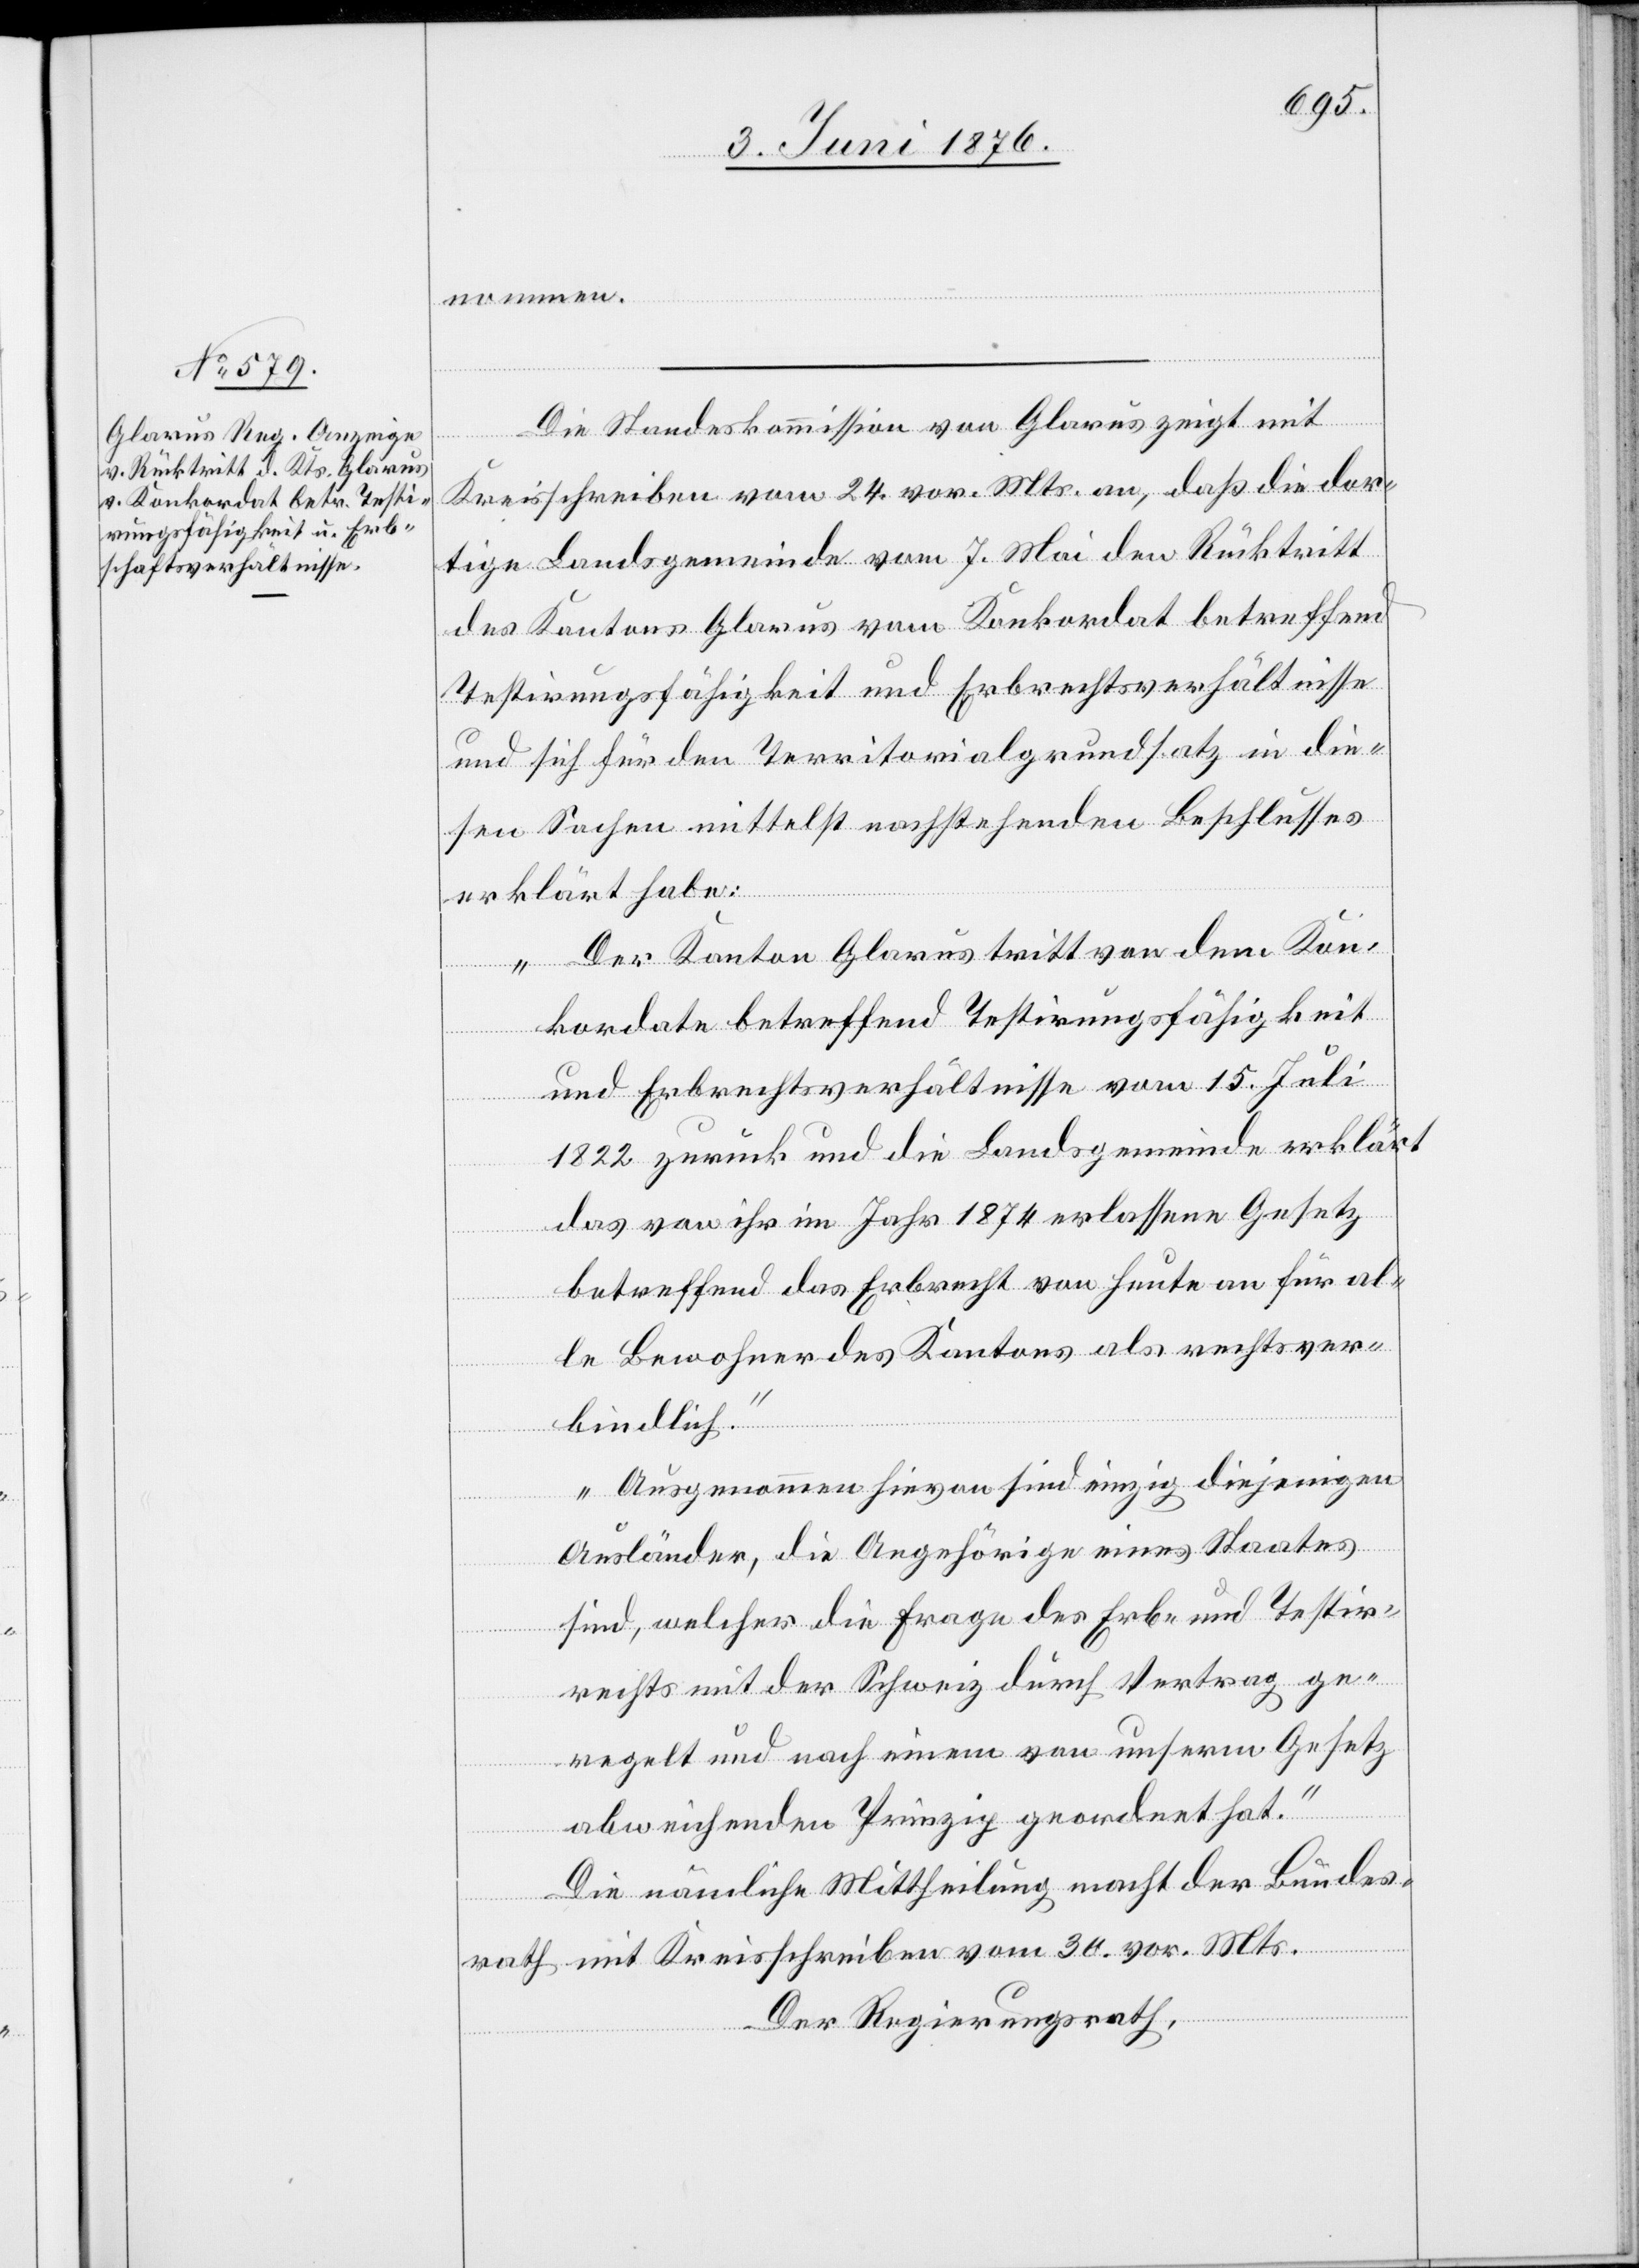
nommen.
Die Standeskommission von Glarus zeigt mit
Kreisschreiben vom 24. vor. Mts. an, daß die dor¬
tige Landsgemeinde vom 7. Mai den Rücktritt
des Kantons Glarus vom Konkordat betreffend
Testirungsfähigkeit und Erbrechtsverhältnisse
und sich für den Territorialgrundsatz in die¬
sen Sachen mittelst nachstehenden Beschlusses
erklärt habe:
„Der Kanton Glarus tritt von dem Kon¬
kordate betreffend Testirungsfähigkeit
und Erbrechtsverhältnisse vom 15. Juli
1822 zurück und die Landsgemeinde erklärt
das von ihr im Jahr 1874 erlassene Gesetz
betreffend das Erbrecht von Heute an für al¬
le Bewohner des Kantons als rechtsver¬
bindlich.
Ausgenommen hievon sind einzig diejenigen
Ausländer, die Angehörige eines Staates,
sind welcher die Frage des Erb- und Testir¬
rechts mit der Schweiz durch Vertrag ge¬
regelt und nach einem von unserm Gesetz
abweichenden Prinzip geordnet hat.“
Die nämliche Mittheilung mach der Bundes¬
rath mit Kreisschreiben vom 30. vor. Mts.
Der Regierungsrath,